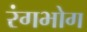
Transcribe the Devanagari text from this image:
रंगभोग